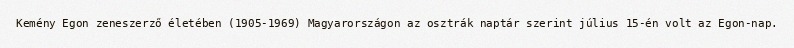
Kemény Egon zeneszerző életében (1905-1969) Magyarországon az osztrák naptár szerint július 15-én volt az Egon-nap.